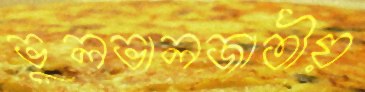
ভুলভালজাতীয়